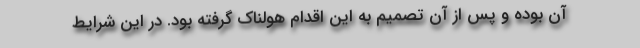
آن بوده و پس از آن تصمیم به این اقدام هولناک گرفته بود. در این شرایط